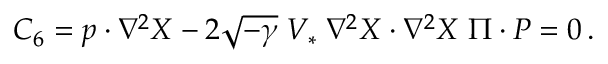
{ \cal C } _ { 6 } = p \cdot \nabla ^ { 2 } X - 2 \sqrt { - \gamma } \; V _ { * } \; \nabla ^ { 2 } X \cdot \nabla ^ { 2 } X \; \Pi \cdot P = 0 \, .